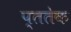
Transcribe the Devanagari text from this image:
प्ततेक